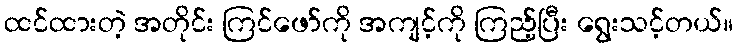
ထင်ထားတဲ့ အတိုင်း ကြင်ဖော်ကို အကျင့်ကို ကြည့်ပြီး ရွေးသင့်တယ်။